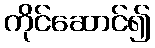
ကိုင်ဆောင်၍